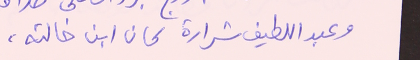
وعبد اللطيف شرارة كان ابن خالته،